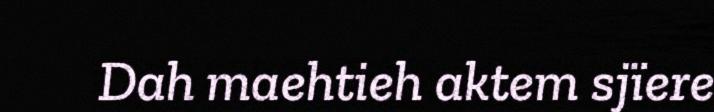
Dah maehtieh aktem sjïere